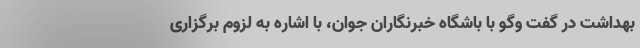
بهداشت در گفت وگو با باشگاه خبرنگاران جوان، با اشاره به لزوم برگزاری